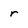
Character: r